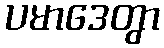
ပမာဒေတွာ